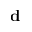
{ \mathbf d }